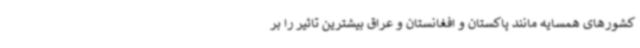
کشورهای همسایه مانند پاکستان و افغانستان و عراق بیشترین تاثیر را بر